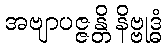
အဗျာပဇ္ဇန္တိ နိဗ္ဗုဒ္ဓံ